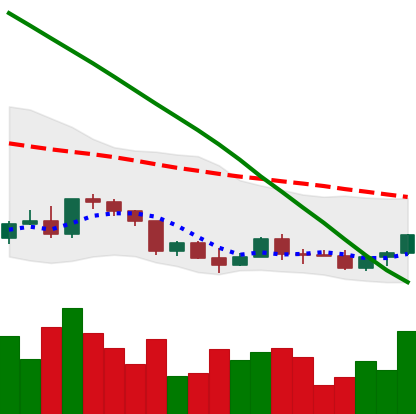
Ticker: EOS-USD
Chart end date: 2022-03-16
Forward return: 12.543%
Label: up_7plus